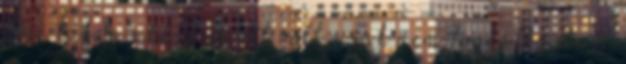
ami talán eddig is ott volt, csak nem foglalkoztam